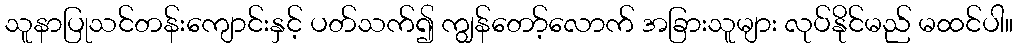
သူနာပြုသင်တန်းကျောင်းနှင့် ပတ်သက်၍ ကျွန်တော့်လောက် အခြားသူများ လုပ်နိုင်မည် မထင်ပါ။